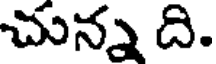
చున్న ది.